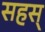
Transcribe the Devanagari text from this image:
सहस्